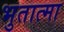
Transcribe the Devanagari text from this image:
भुतात्मा